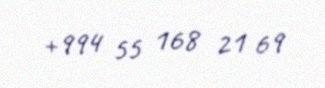
+994 55 168 21 69